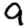
Digit: 9